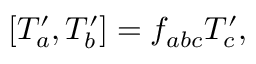
\lbrack T _ { a } ^ { \prime } , T _ { b } ^ { \prime } ] = f _ { a b c } T _ { c } ^ { \prime } ,